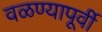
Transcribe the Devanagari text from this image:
वळण्यापूर्वी